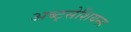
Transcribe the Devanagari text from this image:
अब्ट्सेशियन्स